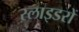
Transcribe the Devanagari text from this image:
स्लाइडरों